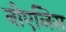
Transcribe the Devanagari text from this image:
नोएलिस